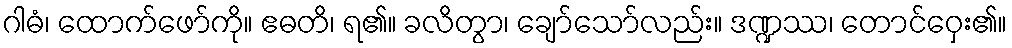
ဂါဓံ၊ ထောက်ဖော်ကို။ ဧဓတိ၊ ရ၏။ ခလိတွာ၊ ချော်သော်လည်း။ ဒဏ္ဍဿ၊ တောင်ဝှေး၏။